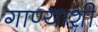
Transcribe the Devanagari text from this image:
गाण्याशी